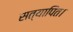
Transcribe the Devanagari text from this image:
सत्यापित।